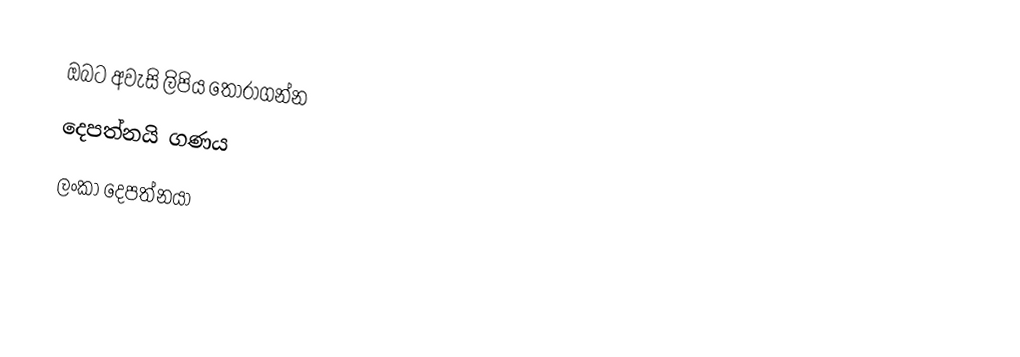
ඔබට අවැසි ලිපිය තෝරාගන්න
 දෙපත්නයි ගණය
 ලංකා දෙපත්නයා